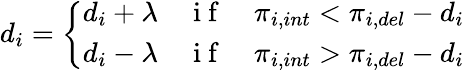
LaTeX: d_{i}=\left\{ \begin{array}{ll}{d_{i}+\lambda}&{\mathrm{~i~f~}\quad\pi_{i,int}<\pi_{i,del}-d_{i}}\\ {d_{i}-\lambda}&{\mathrm{~i~f~}\quad\pi_{i,int}>\pi_{i,del}-d_{i}}\end{array}\right.